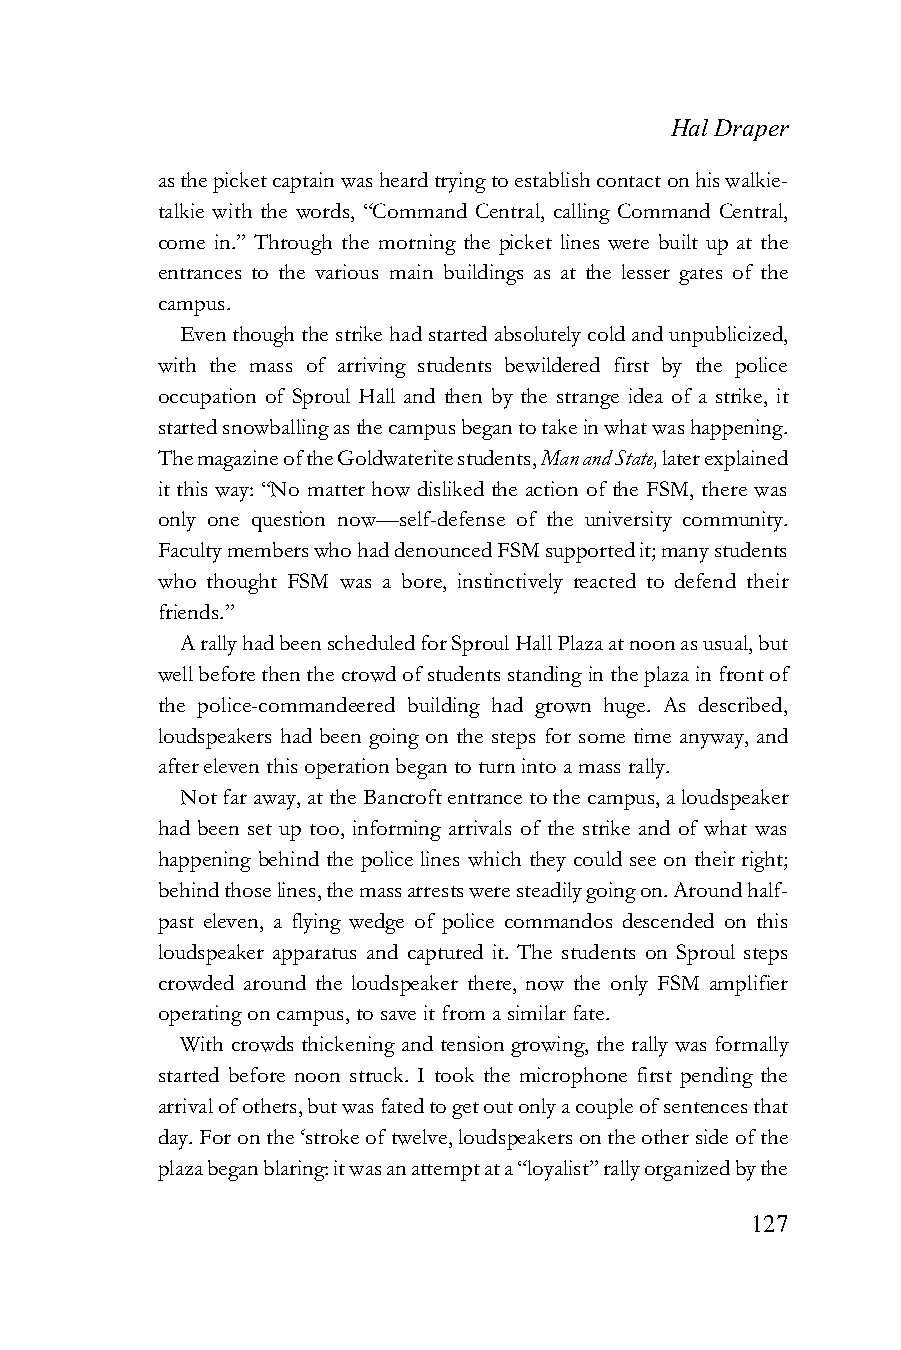
Hal Draper
 as the picket captain was heard trying to establish contact on his walkie-
 talkie with the words, “Command Central, calling Command Central,
 come in.” Through the morning the picket lines were built up at the
 entrances to the various main buildings as at the lesser gates of the
 campus.
 Even though the strike had started absolutely cold and unpublicized,
 with the mass of arriving students bewildered first by the police
 occupation of Sproul Hall and then by the strange idea of a strike, it
 started snowballing as the campus began to take in what was happening.
 The magazine of the Goldwaterite students, Man and State, later explained
 it this way: “No matter how disliked the action of the FSM, there was
 only one question now—self-defense of the university community.
 Faculty members who had denounced FSM supported it; many students
 who thought FSM was a bore, instinctively reacted to defend their
 friends.”
 A rally had been scheduled for Sproul Hall Plaza at noon as usual, but
 well before then the crowd of students standing in the plaza in front of
 the police-commandeered building had grown huge. As described,
 loudspeakers had been going on the steps for some time anyway, and
 after eleven this operation began to turn into a mass rally.
 Not far away, at the Bancroft entrance to the campus, a loudspeaker
 had been set up too, informing arrivals of the strike and of what was
 happening behind the police lines which they could see on their right;
 behind those lines, the mass arrests were steadily going on. Around half-
 past eleven, a flying wedge of police commandos descended on this
 loudspeaker apparatus and captured it. The students on Sproul steps
 crowded around the loudspeaker there, now the only FSM amplifier
 operating on campus, to save it from a similar fate.
 With crowds thickening and tension growing, the rally was formally
 started before noon struck. I took the microphone first pending the
 arrival of others, but was fated to get out only a couple of sentences that
 day. For on the ‘stroke of twelve, loudspeakers on the other side of the
 plaza began blaring: it was an attempt at a “loyalist” rally organized by the
 127